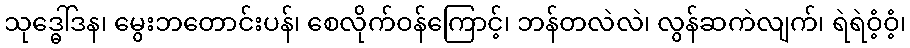
သုဒ္ဓေါ်ဒန၊ မွေးဘတောင်းပန်၊ စေလိုက်ဝန်ကြောင့်၊ ဘန်တလဲလဲ၊ လွန်ဆကဲလျက်၊ ရဲရဲဝံ့ဝံ့၊